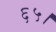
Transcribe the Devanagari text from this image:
६५।